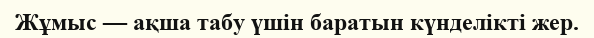
Жұмыс — ақша табу үшін баратын күнделікті жер.